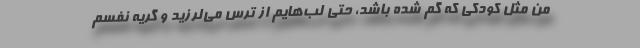
من مثل کودکی که گم شده باشد، حتی لب‌هایم از ترس می‌لرزید و گریه نفسم